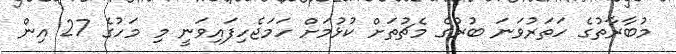
މުބާރާތުގެ ހަތަރުވަނަ ބުރުގެ މެޗުތަށް ކުޅުމަށް ހަމަޖެހިފައިވަނީ މި މަހުގެ 27 އިން